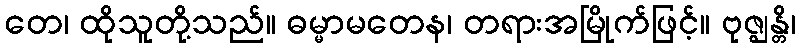
တေ၊ ထိုသူတို့သည်။ ဓမ္မာမတေန၊ တရားအမြိုက်ဖြင့်။ ဗုဇ္ဈန္တိ၊